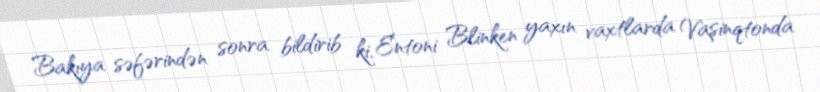
Bakıya səfərindən sonra bildirib ki, Entoni Blinken yaxın vaxtlarda Vaşinqtonda